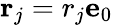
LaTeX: \mathbf{r}_{j}=r_{j}\mathbf{e}_{0}